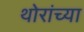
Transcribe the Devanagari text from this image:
थोरांच्या